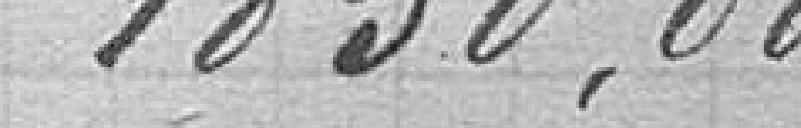
1850,88